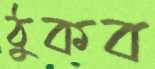
ঠুকব